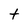
Character: t